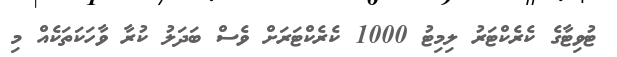
ޓުވިޓާގެ ކެރެކްޓަރު ލިމިޓު 1000 ކެރެކްޓަރަށް ވެސް ބަދަލު ކުރާ ވާހަކަތަކެއް މި